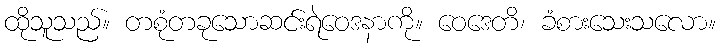
ထိုသူသည်။ တစုံတခုသောဆင်းရဲဝေဒနာကို။ ဝေဒေတိ၊ ခံစားသေးသလော။